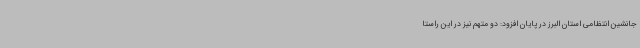
جانشین انتظامی استان البرز در پایان افزود: دو متهم نیز در این راستا